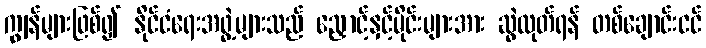
ကျွန်များဖြစ်၍ နိုင်ငံရေးအဖွဲ့များသည် ညှောင့်နှင့်မိုင်းများအား ဆွဲထုတ်ရန် တစ်ချောင်းငင်